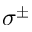
\sigma ^ { \pm }